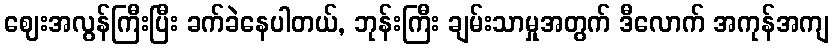
ဈေးအလွန်ကြီးပြီး ခက်ခဲနေပါတယ်, ဘုန်းကြီး ချမ်းသာမှုအတွက် ဒီလောက် အကုန်အကျ